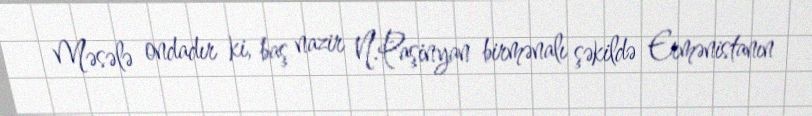
Məsələ ondadır ki, baş nazir N.Paşinyan birmənalı şəkildə Ermənistanın